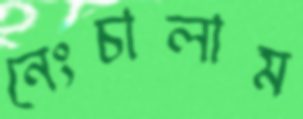
নেংচালাম